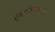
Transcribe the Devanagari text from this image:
सुवर्णकाळातला